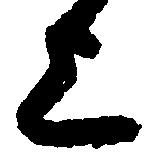
上